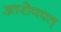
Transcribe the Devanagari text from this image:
आरोपपत्